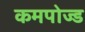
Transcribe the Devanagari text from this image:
कमपोज्ड